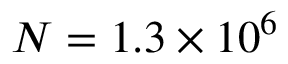
N = 1 . 3 \times 1 0 ^ { 6 }